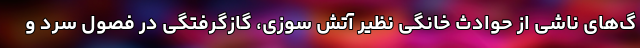
گ­‌های ناشی از حوادث خانگی نظیر آتش سوزی، گازگرفتگی در فصول سرد و